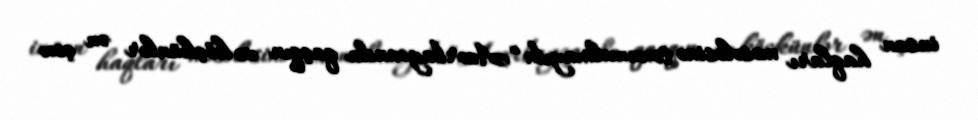
insan haqları məsələsinə toxunulmayıb: “Azərbaycanda qaçqın və köçkünlər ən çox